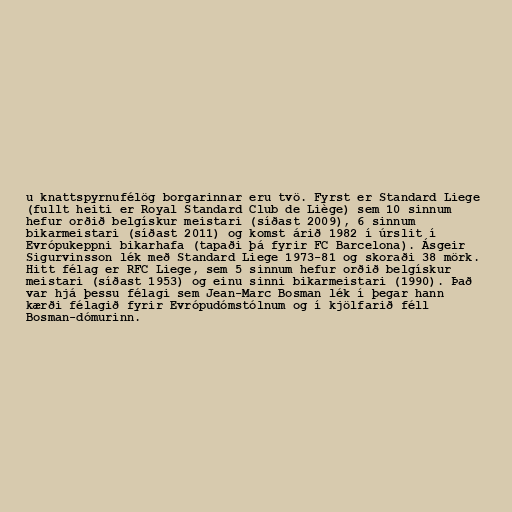
u knattspyrnufélög borgarinnar eru tvö. Fyrst er Standard Liege
(fullt heiti er Royal Standard Club de Liège) sem 10 sinnum
hefur orðið belgískur meistari (síðast 2009), 6 sinnum
bikarmeistari (síðast 2011) og komst árið 1982 í úrslit í
Evrópukeppni bikarhafa (tapaði þá fyrir FC Barcelona). Ásgeir
Sigurvinsson lék með Standard Liege 1973-81 og skoraði 38 mörk.
Hitt félag er RFC Liege, sem 5 sinnum hefur orðið belgískur
meistari (síðast 1953) og einu sinni bikarmeistari (1990). Það
var hjá þessu félagi sem Jean-Marc Bosman lék í þegar hann
kærði félagið fyrir Evrópudómstólnum og í kjölfarið féll
Bosman-dómurinn.